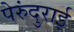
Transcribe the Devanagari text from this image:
पेरुंदुराई